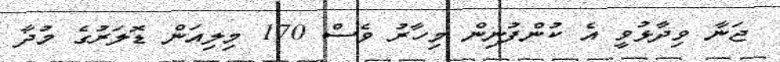
ޖަނާ ވިދާޅުވީ އެ ކުންފުނިން މިހާރު ވެސް 170 މިލިއަން ޑޮލަރުގެ މުދާ